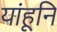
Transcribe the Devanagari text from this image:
यांहूनि